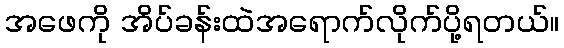
အဖေကို အိပ်ခန်းထဲအရောက်လိုက်ပို့ရတယ်။